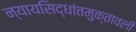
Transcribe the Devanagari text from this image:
न्यायसिद्धांतमुक्तावली